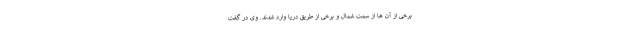
برخی از آن ها از سمت شمال و برخی از طریق دریا وارد شدند. وی در گفت